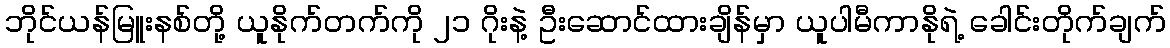
ဘိုင်ယန်မြူးနစ်တို့ ယူနိုက်တက်ကို ၂၁ ဂိုးနဲ့ ဦးဆောင်ထားချိန်မှာ ယူပါမီကာနိုရဲ့ ခေါင်းတိုက်ချက်